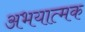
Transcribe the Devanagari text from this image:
अभयात्मक